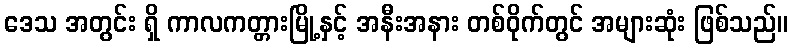
ဒေသ အတွင်း ရှိ ကာလကတ္တားမြို့နှင့် အနီးအနား တစ်ဝိုက်တွင် အများဆုံး ဖြစ်သည်။